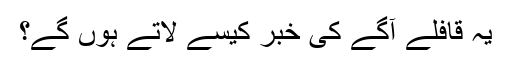
یہ قافلے آگے کی خبر کیسے لاتے ہوں گے؟